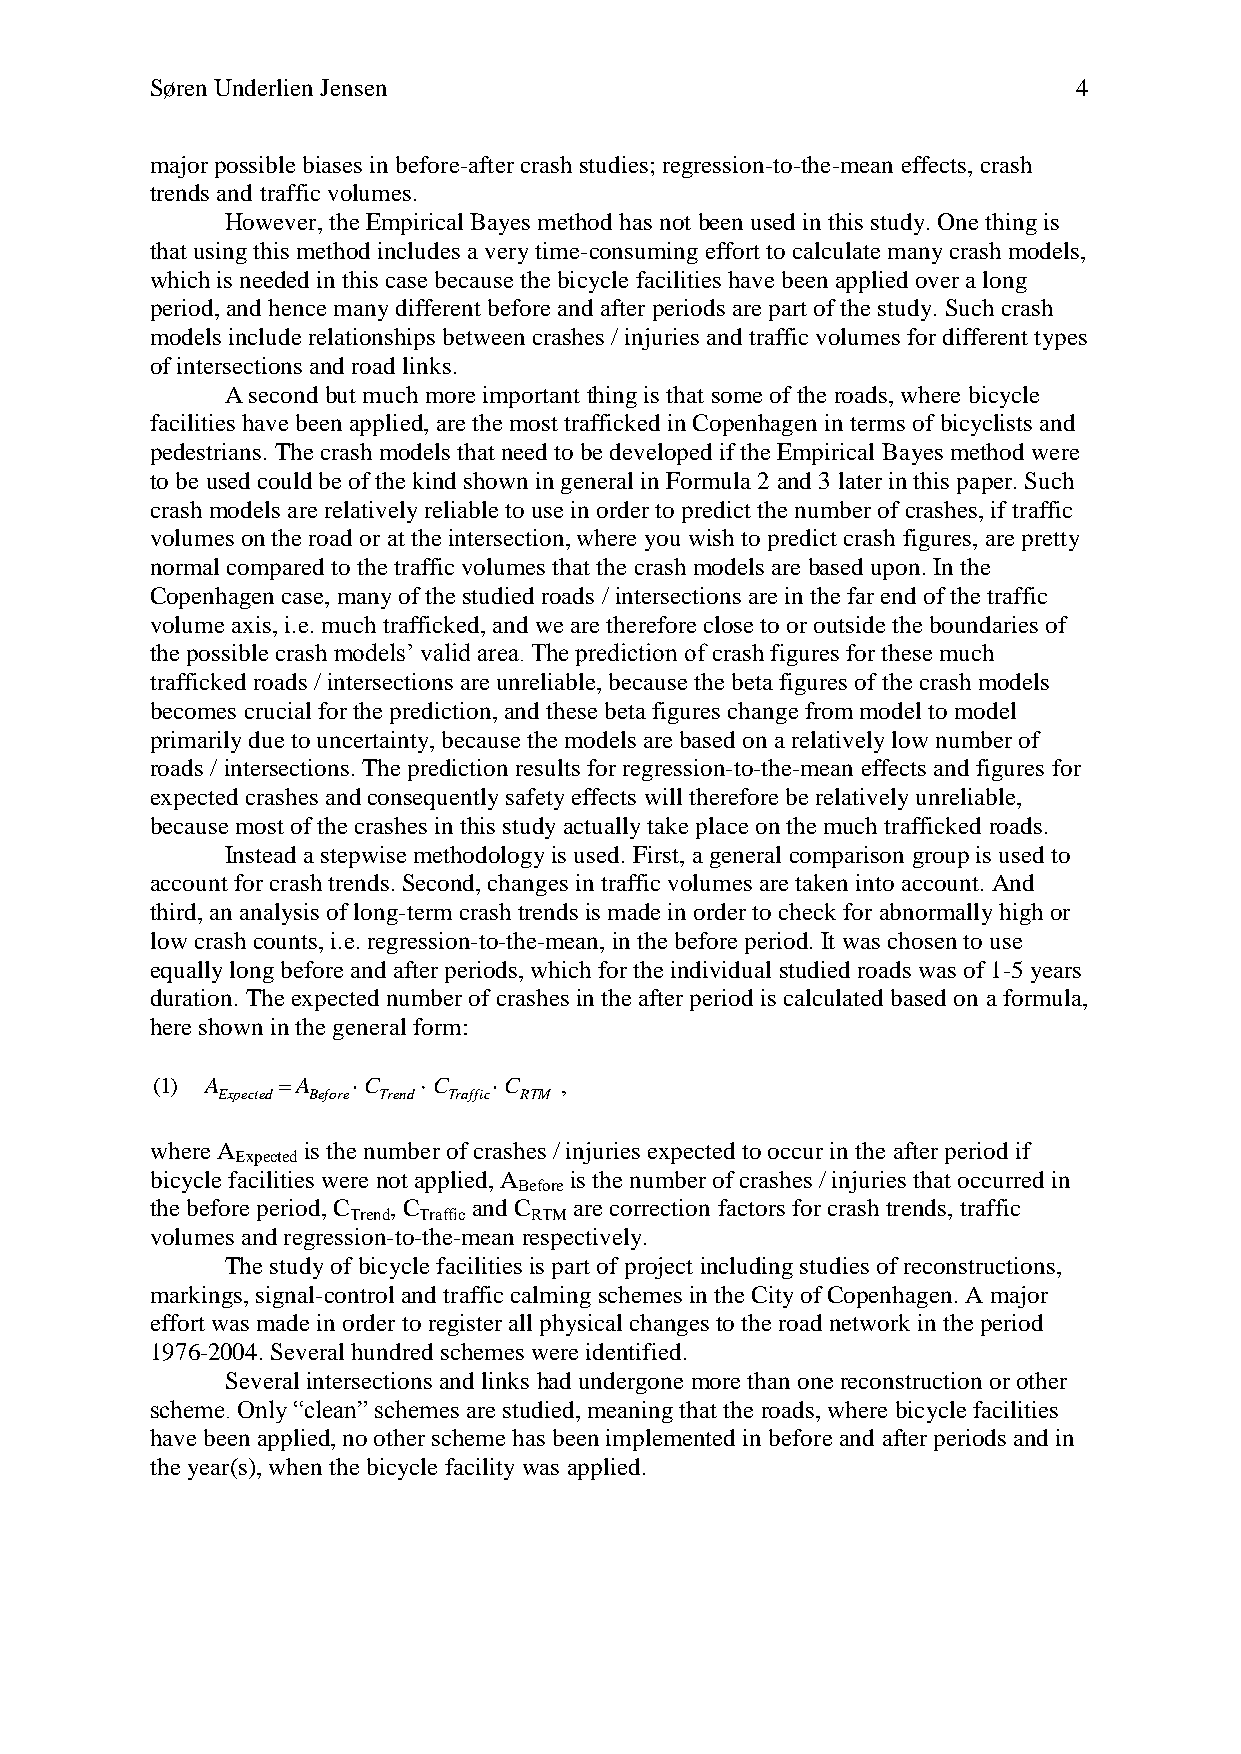
Søren Underlien Jensen                                       4
 major possible biases in before-after crash studies; regression-to-the-mean effects, crash
 trends and traffic volumes.
 However, the Empirical Bayes method has not been used in this study. One thing is
 that using this method includes a very time-consuming effort to calculate many crash models,
 which is needed in this case because the bicycle facilities have been applied over a long
 period, and hence many different before and after periods are part of the study. Such crash
 models include relationships between crashes / injuries and traffic volumes for different types
 of intersections and road links.
 A second but much more important thing is that some of the roads, where bicycle
 facilities have been applied, are the most trafficked in Copenhagen in terms of bicyclists and
 pedestrians. The crash models that need to be developed if the Empirical Bayes method were
 to be used could be of the kind shown in general in Formula 2 and 3 later in this paper. Such
 crash models are relatively reliable to use in order to predict the number of crashes, if traffic
 volumes on the road or at the intersection, where you wish to predict crash figures, are pretty
 normal compared to the traffic volumes that the crash models are based upon. In the
 Copenhagen case, many of the studied roads / intersections are in the far end of the traffic
 volume axis, i.e. much trafficked, and we are therefore close to or outside the boundaries of
 the possible crash models’ valid area. The prediction of crash figures for these much
 trafficked roads / intersections are unreliable, because the beta figures of the crash models
 becomes crucial for the prediction, and these beta figures change from model to model
 primarily due to uncertainty, because the models are based on a relatively low number of
 roads / intersections. The prediction results for regression-to-the-mean effects and figures for
 expected crashes and consequently safety effects will therefore be relatively unreliable,
 because most of the crashes in this study actually take place on the much trafficked roads.
 Instead a stepwise methodology is used. First, a general comparison group is used to
 account for crash trends. Second, changes in traffic volumes are taken into account. And
 third, an analysis of long-term crash trends is made in order to check for abnormally high or
 low crash counts, i.e. regression-to-the-mean, in the before period. It was chosen to use
 equally long before and after periods, which for the individual studied roads was of 1-5 years
 duration. The expected number of crashes in the after period is calculated based on a formula,
 here shown in the general form:
 (1) A     A   C    C   C   ,
 Expected Before Trend Traffic RTM
 where A   is the number of crashes / injuries expected to occur in the after period if
 Expected
 bicycle facilities were not applied, A is the number of crashes / injuries that occurred in
 Before
 the before period, C , C and C are correction factors for crash trends, traffic
 Trend Traffic RTM
 volumes and regression-to-the-mean respectively.
 The study of bicycle facilities is part of project including studies of reconstructions,
 markings, signal-control and traffic calming schemes in the City of Copenhagen. A major
 effort was made in order to register all physical changes to the road network in the period
 1976-2004. Several hundred schemes were identified.
 Several intersections and links had undergone more than one reconstruction or other
 scheme. Only “clean” schemes are studied, meaning that the roads, where bicycle facilities
 have been applied, no other scheme has been implemented in before and after periods and in
 the year(s), when the bicycle facility was applied.